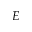
E